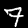
Label: 7